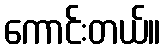
ကောင်းတယ်။